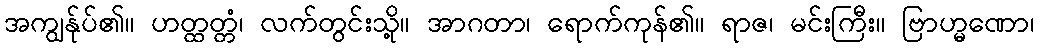
အကျွန်ုပ်၏။ ဟတ္ထတ္တံ၊ လက်တွင်းသို့။ အာဂတာ၊ ရောက်ကုန်၏။ ရာဇ၊ မင်းကြီး။ ဗြာဟ္မဏော၊